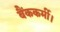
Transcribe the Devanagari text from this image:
बैंककर्मी।